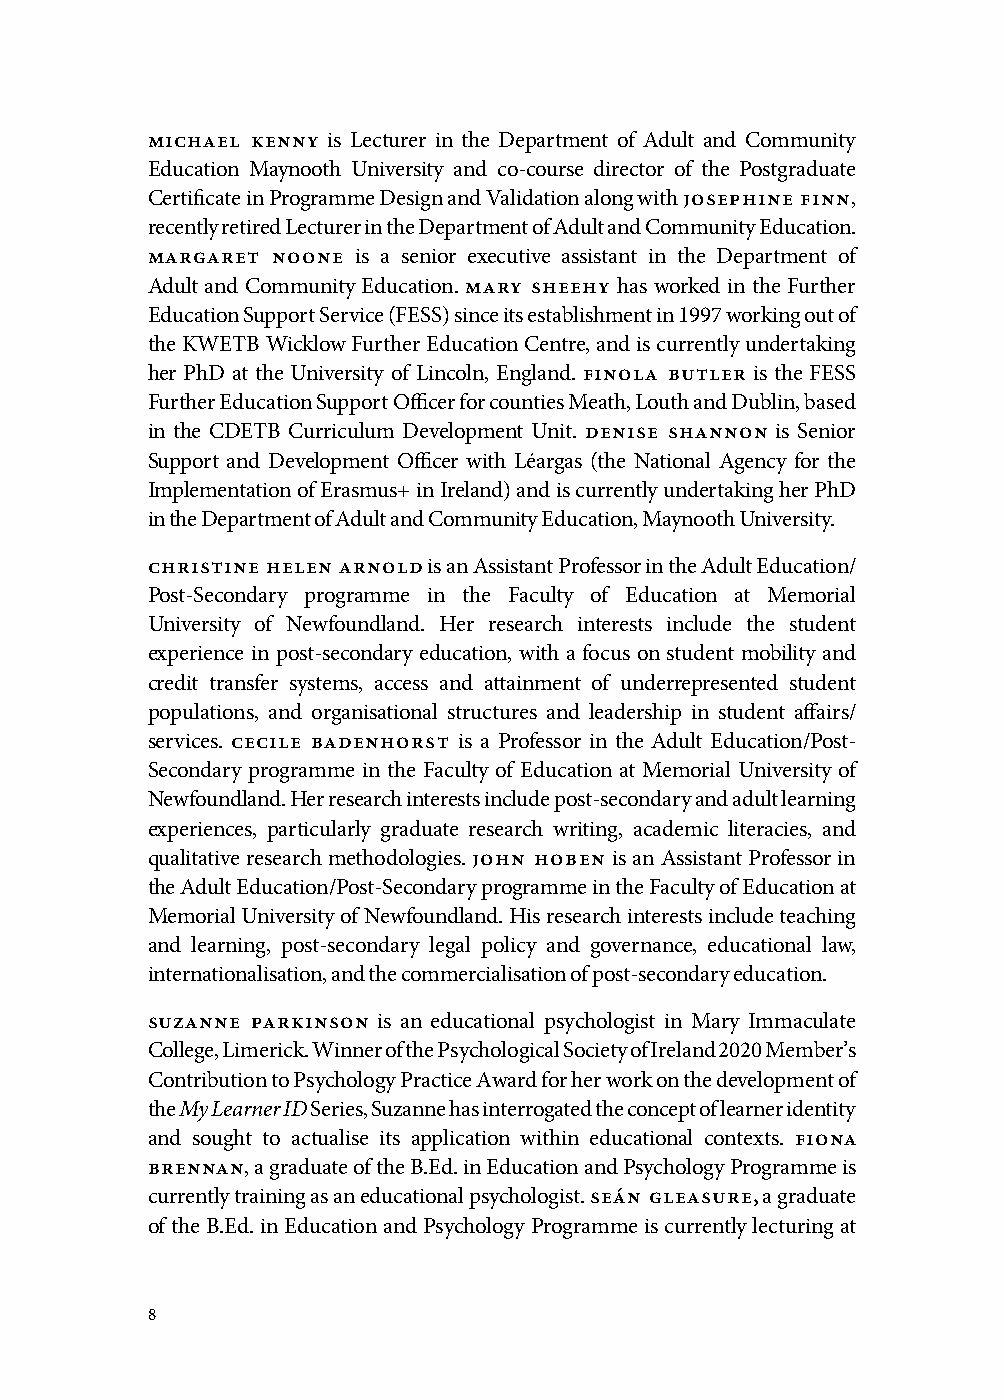
michael kenny is Lecturer in the Department of Adult and Community
 Education Maynooth University and co-course director of the Postgraduate
 Certificate in Programme Design and Validation along with josephine finn,
 recently retired Lecturer in the Department of Adult and Community Education.
 margaret noone is a senior executive assistant in the Department of
 Adult and Community Education. mary sheehy has worked in the Further
 Education Support Service (FESS) since its establishment in 1997 working out of
 the KWETB Wicklow Further Education Centre, and is currently undertaking
 her PhD at the University of Lincoln, England. finola butler is the FESS
 Further Education Support Officer for counties Meath, Louth and Dublin, based
 in the CDETB Curriculum Development Unit. denise shannon is Senior
 Support and Development Officer with Léargas (the National Agency for the
 Implementation of Erasmus+ in Ireland) and is currently undertaking her PhD
 in the Department of Adult and Community Education, Maynooth University.
 christine helen arnold is an Assistant Professor in the Adult Education/
 Post-Secondary programme in the Faculty of Education at Memorial
 University of Newfoundland. Her research interests include the student
 experience in post-secondary education, with a focus on student mobility and
 credit transfer systems, access and attainment of underrepresented student
 populations, and organisational structures and leadership in student affairs/
 services. cecile badenhorst is a Professor in the Adult Education/Post-
 Secondary programme in the Faculty of Education at Memorial University of
 Newfoundland. Her research interests include post-secondary and adult learning
 experiences, particularly graduate research writing, academic literacies, and
 qualitative research methodologies. john hoben is an Assistant Professor in
 the Adult Education/Post-Secondary programme in the Faculty of Education at
 Memorial University of Newfoundland. His research interests include teaching
 and learning, post-secondary legal policy and governance, educational law,
 internationalisation, and the commercialisation of post-secondary education.
 suzanne parkinson is an educational psychologist in Mary Immaculate
 College, Limerick. Winner of the Psychological Society of Ireland 2020 Member’s
 Contribution to Psychology Practice Award for her work on the development of
 the My Learner ID Series, Suzanne has interrogated the concept of learner identity
 and sought to actualise its application within educational contexts. fiona
 brennan, a graduate of the B.Ed. in Education and Psychology Programme is
 currently training as an educational psychologist. seán gleasure, a graduate
 of the B.Ed. in Education and Psychology Programme is currently lecturing at
 8